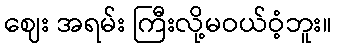
ဈေး အရမ်း ကြီးလို့မဝယ်ဝံ့ဘူး။